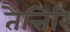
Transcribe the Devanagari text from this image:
तैत्तिरि